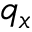
q _ { x }